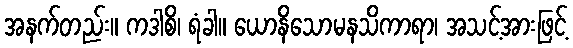
အနက်တည်း။ ကဒါစိ၊ ရံခါ။ ယောနိသောမနသိကာရာ၊ အသင့်အားဖြင့်